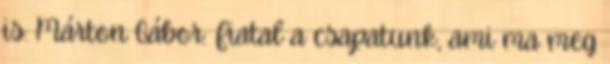
is. Márton Gábor: Fiatal a csapatunk, ami ma meg